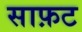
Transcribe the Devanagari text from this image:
साफ़ट